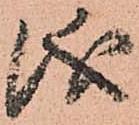
儀